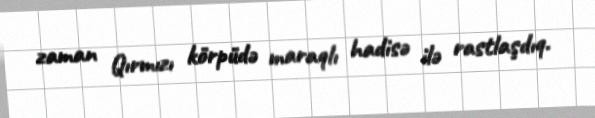
zaman Qırmızı körpüdə maraqlı hadisə ilə rastlaşdıq.